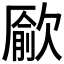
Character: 𣤔